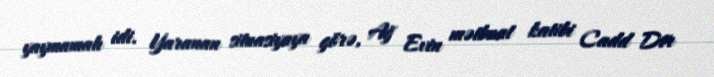
yaymamalı idi. Yaranan situasiyaya görə, Ağ Evin mətbuat katibi Cadd Dir